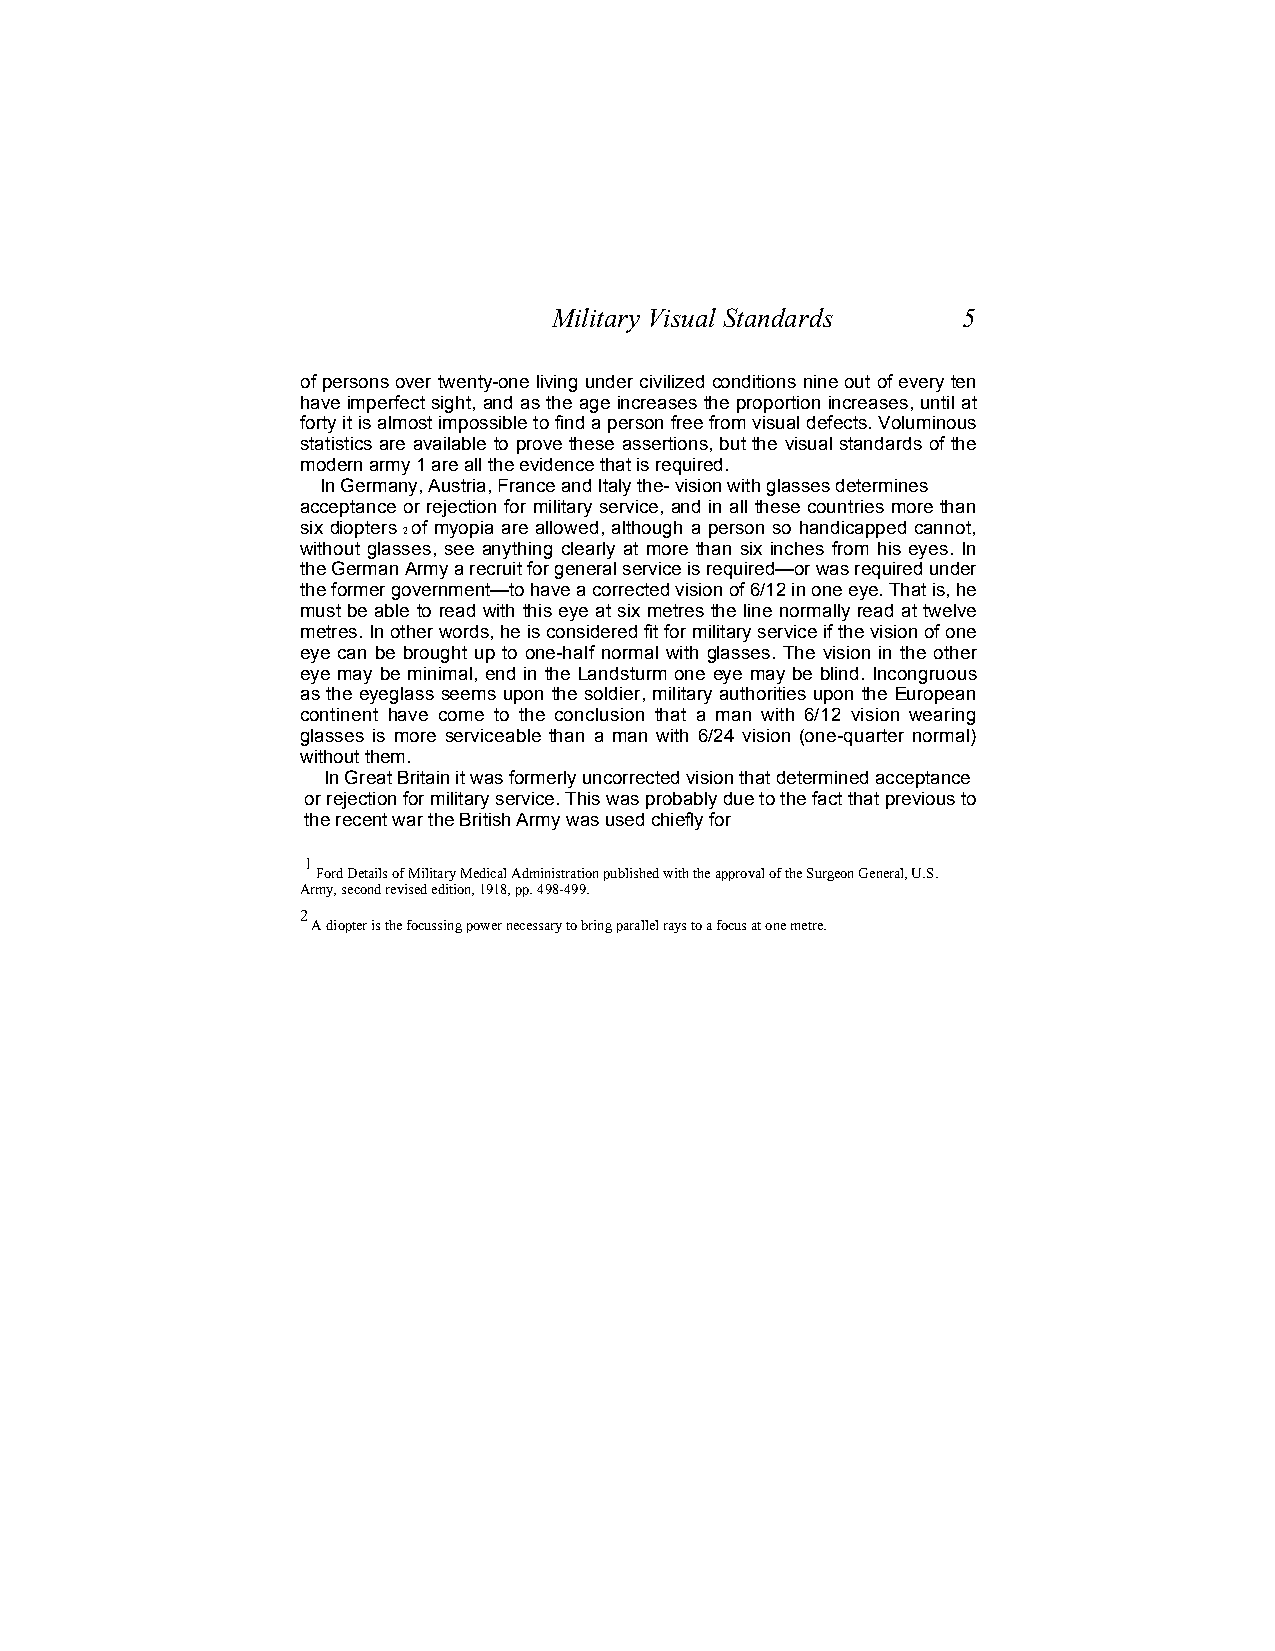
Military Visual Standards  5
 of persons over twenty-one living under civilized conditions nine out of every ten
 have imperfect sight, and as the age increases the proportion increases, until at
 forty it is almost impossible to find a person free from visual defects. Voluminous
 statistics are available to prove these assertions, but the visual standards of the
 modern army 1 are all the evidence that is required.
 In Germany, Austria, France and Italy the- vision with glasses determines
 acceptance or rejection for military service, and in all these countries more than
 six diopters of myopia are allowed, although a person so handicapped cannot,
 2
 without glasses, see anything clearly at more than six inches from his eyes. In
 the German Army a recruit for general service is required—or was required under
 the former government—to have a corrected vision of 6/12 in one eye. That is, he
 must be able to read with this eye at six metres the line normally read at twelve
 metres. In other words, he is considered fit for military service if the vision of one
 eye can be brought up to one-half normal with glasses. The vision in the other
 eye may be minimal, end in the Landsturm one eye may be blind. Incongruous
 as the eyeglass seems upon the soldier, military authorities upon the European
 continent have come to the conclusion that a man with 6/12 vision wearing
 glasses is more serviceable than a man with 6/24 vision (one-quarter normal)
 without them.
 In Great Britain it was formerly uncorrected vision that determined acceptance
 or rejection for military service. This was probably due to the fact that previous to
 the recent war the British Army was used chiefly for
 1
 Ford Details of Military Medical Administration published with the approval of the Surgeon General, U.S.
 Army, second revised edition, 1918, pp. 498-499.
 2
 A diopter is the focussing power necessary to bring parallel rays to a focus at one metre.